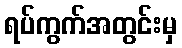
ရပ်ကွက်အတွင်းမှ